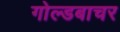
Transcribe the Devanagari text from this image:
गोल्डबाचर